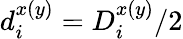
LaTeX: d_{i}^{x(y)}=D_{i}^{x(y)}/2